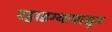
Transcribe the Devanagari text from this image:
रहाडग्यापासून